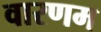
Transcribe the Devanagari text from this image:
वारणम